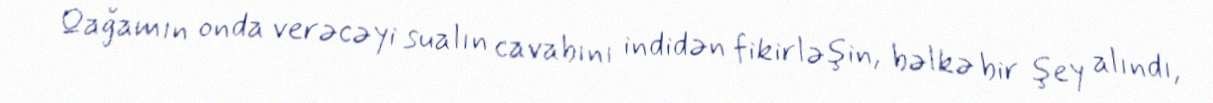
Qağamın onda verəcəyi sualın cavabını indidən fikirləşin, bəlkə bir şey alındı,